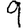
Digit: 9